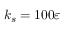
k _ { s } = 1 0 0 \varepsilon